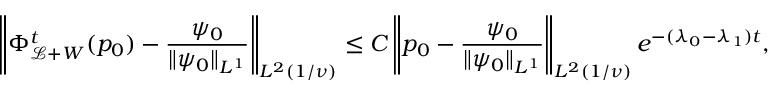
\left\Vert \Phi _ { \mathcal { L } + W } ^ { t } ( p _ { 0 } ) - \frac { \psi _ { 0 } } { \Vert \psi _ { 0 } \Vert _ { L ^ { 1 } } } \right\Vert _ { L ^ { 2 } ( 1 / \nu ) } \le C \left\Vert p _ { 0 } - \frac { \psi _ { 0 } } { \Vert \psi _ { 0 } \Vert _ { L ^ { 1 } } } \right\Vert _ { L ^ { 2 } ( 1 / \nu ) } e ^ { - ( \lambda _ { 0 } - \lambda _ { 1 } ) t } ,